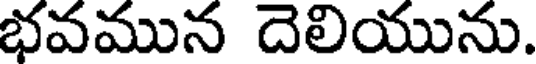
భవమున దెలియును.